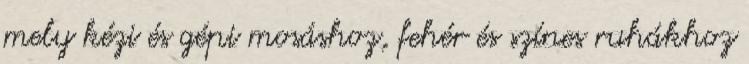
mely kézi és gépi mosáshoz, fehér és színes ruhákhoz